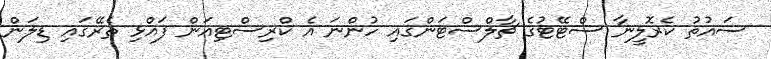
ސައުތު ކެރޮލީނާ ސްޓޭޓުގެ ޗާލްސްޓަންގައި ހުންނަ އެ ކްރިސްޓިއަން ފައްޅި ތެރޭގައި ޑިލަން